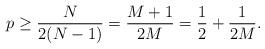
LaTeX: \begin{align*}p\ge \frac{N}{2(N-1)}=\frac{M+1}{2M}=\frac12 +\frac 1{2M}.\end{align*}